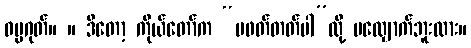
ဓမ္မဂုတ်။ ။ ဒီတော့ ကိုယ်တော်က “မဖတ်တတ်ပါ”လို့ မလျှောက်ဘူးလား။